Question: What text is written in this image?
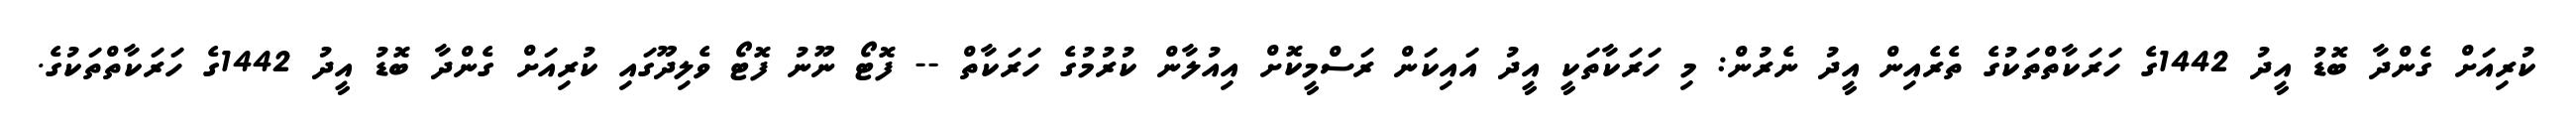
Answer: ކުރިއަށް ގެންދާ ބޮޑު އީދު 1442ގެ ހަރަކާތްތަކުގެ ތެރެއިން އީދު ނެރުން: މި ހަރަކާތަކީ އީދު އައިކަން ރަސްމީކޮށް އިއުލާން ކުރުމުގެ ހަރަކާތް -- ފޮޓޯ ނޫނު ފޮޓޯ ވެލިދޫގައި ކުރިއަށް ގެންދާ ބޮޑު އީދު 1442ގެ ހަރަކާތްތަކުގެ.